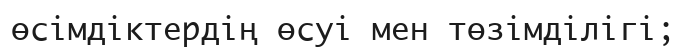
өсімдіктердің өсуі мен төзімділігі;